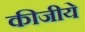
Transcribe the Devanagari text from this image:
कीजीये